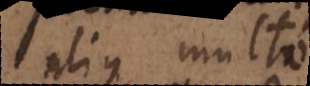
alius multo